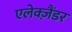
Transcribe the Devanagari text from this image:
एलेक्ज़ैंडर